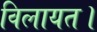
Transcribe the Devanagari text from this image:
विलायत।